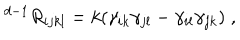
{ } ^ { d - 1 } R _ { i j k l } = k ( \gamma _ { i k } \gamma _ { j l } - \gamma _ { i l } \gamma _ { j k } ) \; ,